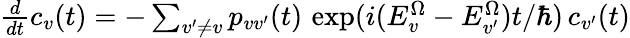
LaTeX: \begin{array}{r}{\frac{d}{dt}c_{v}(t)=-\sum_{v^{\prime}\ne v}p_{vv^{\prime}}(t)\, \exp(i(E_{v}^{\Omega}-E_{v^{\prime}}^{\Omega})t/\hbar)\, c_{v^{\prime}}(t)}\end{array}